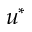
u ^ { * }